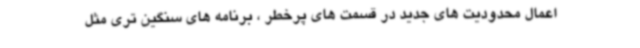
اعمال محدودیت های جدید در قسمت های پرخطر ، برنامه های سنگین تری مثل